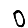
Digit: 0